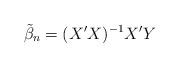
LaTeX: \begin{align*}\tilde{\beta}_n = (X'X)^{-1}X'Y\end{align*}